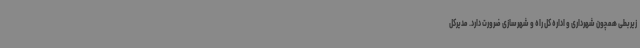
زیربطی همچون شهرداری و اداره کل راه و شهرسازی ضرورت دارد. مدیرکل